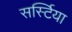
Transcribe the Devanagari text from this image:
सर्स्टिया